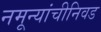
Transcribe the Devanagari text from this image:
नमून्यांचीनिवड